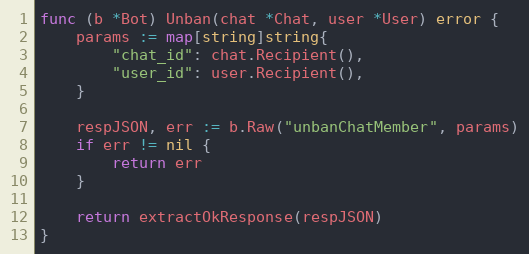
Language: Go
func (b *Bot) Unban(chat *Chat, user *User) error {
	params := map[string]string{
		"chat_id": chat.Recipient(),
		"user_id": user.Recipient(),
	}

	respJSON, err := b.Raw("unbanChatMember", params)
	if err != nil {
		return err
	}

	return extractOkResponse(respJSON)
}